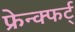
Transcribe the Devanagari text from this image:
फ्रेन्क्फर्ट्